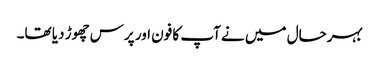
بہرحال میں نے آپ کا فون اور پرس چھوڑ دیا تھا۔